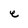
Character: e